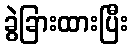
ခွဲခြားထားပြီး